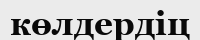
көлдердіц